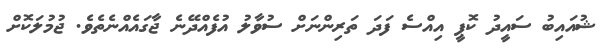
ޝުއައިބު ސައީދު ކޮޕީ އިއްސެ ފަދަ ތަރިންނަށް ސުވާލު އުފެއްދޭނެ ޖާގައެއްނެތެވެ. ޖުމުލަކޮށް